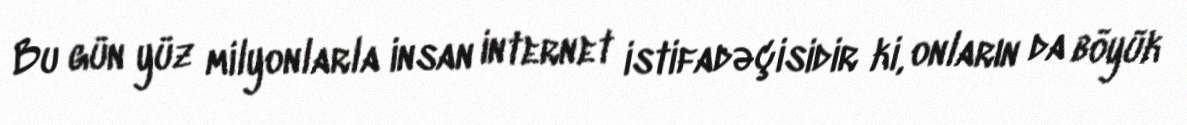
Bu gün yüz milyonlarla insan internet istifadəçisidir ki, onların da böyük